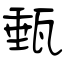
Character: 甀